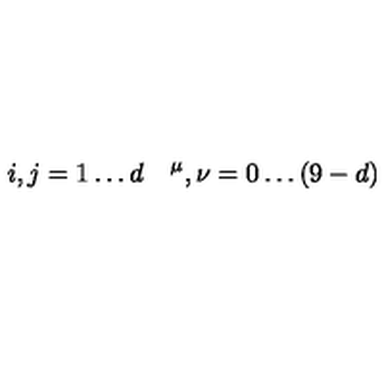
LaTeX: i , j = 1 \ldots d \quad \sp \mu , \nu = 0 \ldots ( 9 - d )